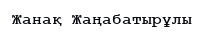
Жанақ Жаңабатырұлы